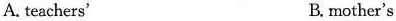
A. teachers' B. mother's